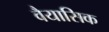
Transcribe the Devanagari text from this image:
वैयासिक